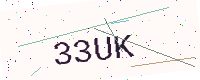
Text: 33UK